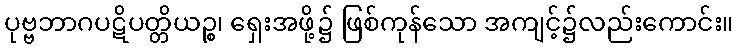
ပုဗ္ဗဘာဂပဋိပတ္တိယဉ္စ၊ ရှေးအဖို့၌ ဖြစ်ကုန်သော အကျင့်၌လည်းကောင်း။